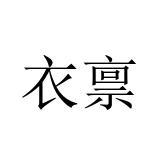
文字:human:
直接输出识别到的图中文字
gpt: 衣禀